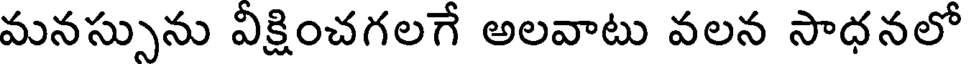
మనస్సును వీక్షించగలగే అలవాటు వలన సాధనలో